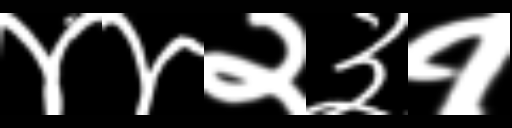
Text: ४४२३१